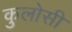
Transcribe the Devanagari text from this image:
कुलोसी